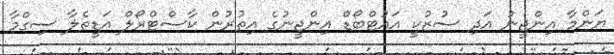
ޔަންމާ އިންޖީނު އަދި ސުޒުކީ އައުޓްބޯޑް އިންޖީނުގެ އިތުރުން ކާސްޓްރޯލް އަޑީތެލާ ސިގްމާ